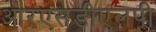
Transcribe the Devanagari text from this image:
आरएसडीएलपी